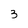
Character: 3